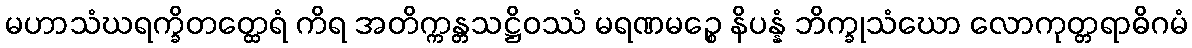
မဟာသံဃရက္ခိတတ္ထေရံ ကိရ အတိက္ကန္တသဋ္ဌိဝဿံ မရဏမဉ္စေ နိပန္နံ ဘိက္ခုသံဃော လောကုတ္တရာဓိဂမံ